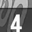
Digit: 4